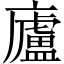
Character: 廬